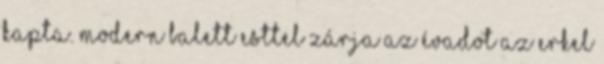
kapta. Modern balett esttel zárja az évadot az Erkel